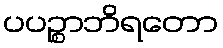
ပပဉ္စာဘိရတော